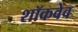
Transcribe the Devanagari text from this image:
शॉकवेव